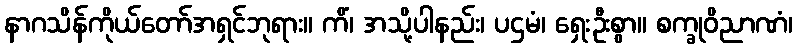
နာဂသိန်ကိုယ်တော်အရှင်ဘုရား။ ကိံ၊ အသို့ပါနည်း၊ ပဌမံ၊ ရှေးဦးစွာ။ စက္ခုဝိညာဏံ၊